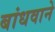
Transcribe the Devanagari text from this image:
बांधवाने